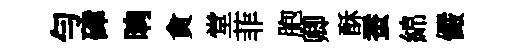
勻硉晌貪堂菲胞卿酥蚕綿儼